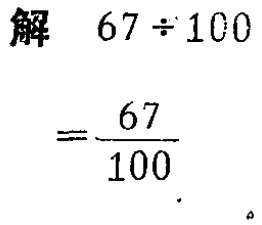
```

解 \(67\div100\)

\(=\frac{67}{100}\)

```